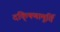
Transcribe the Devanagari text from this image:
दकि्षणामूर्ति